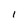
Character: l